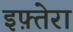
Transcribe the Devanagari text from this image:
इफ़्तेरा